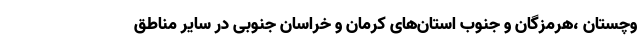
وچستان ،هرمزگان و جنوب استان‌های کرمان و خراسان جنوبی در سایر مناطق